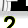
Digit: 2